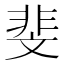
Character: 斐